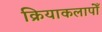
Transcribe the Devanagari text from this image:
क्रियाकलापोँ